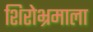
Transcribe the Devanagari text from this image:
शिरोभ्रमाला